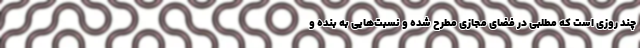
چند روزی است که مطلبی در فضای مجازی مطرح شده و نسبت‌هایی به بنده و